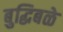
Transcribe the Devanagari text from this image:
बुद्धिबळे